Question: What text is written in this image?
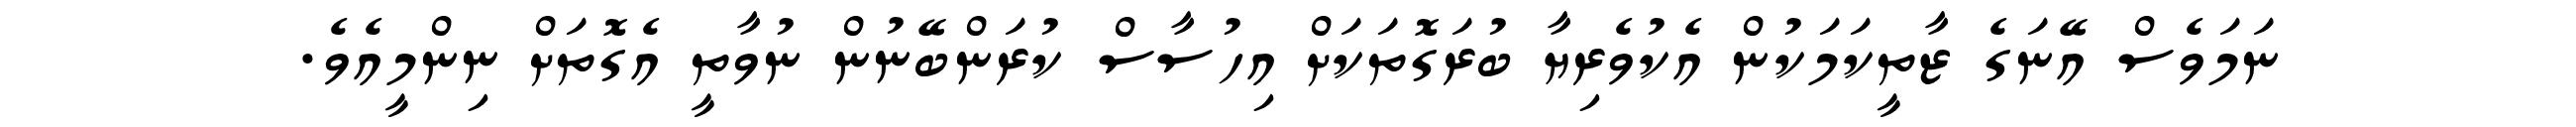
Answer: ނަމަވެސް އޭނަގެ ޒާތީކަމަކުން އެކުވެރިޔާ ބުރަގޮތަކަށް އިހުސާސް ކުރަންބޭނުން ނުވާތީ އެގޮތަށް ނިންމީއެވެ.